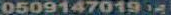
05091470194